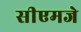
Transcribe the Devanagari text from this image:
सीएमजे